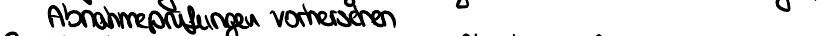
Abnahmeprüfungen vorhersehen